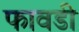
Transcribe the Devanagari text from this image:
फावडी